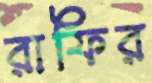
রাফির